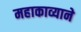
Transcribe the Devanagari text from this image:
महाकाव्याने